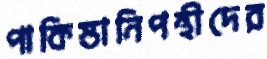
পাকিস্তানিপন্থীদের